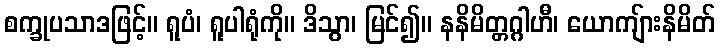
စက္ခုပသာဒဖြင့်။ ရူပံ၊ ရူပါရုံကို။ ဒိသွာ၊ မြင်၍။ နနိမိတ္တဂ္ဂါဟီ၊ ယောကျ်ားနိမိတ်